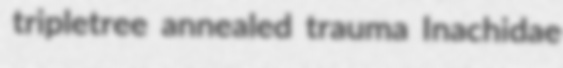
tripletree annealed trauma Inachidae